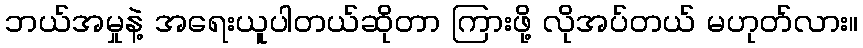
ဘယ်အမှုနဲ့ အရေးယူပါတယ်ဆိုတာ ကြားဖို့ လိုအပ်တယ် မဟုတ်လား။